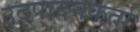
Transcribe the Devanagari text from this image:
उद्पादनकर्ता